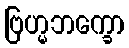
ဗြဟ္မဘက္ခော